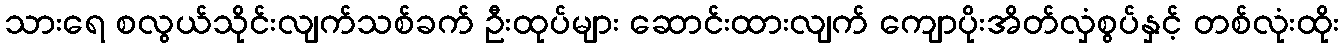
သားရေ စလွယ်သိုင်းလျက်သစ်ခက် ဦးထုပ်များ ဆောင်းထားလျက် ကျောပိုးအိတ်လှံစွပ်နှင့် တစ်လုံးထိုး